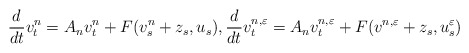
\begin{align*}\frac{d}{dt}v_t^n = A_n v_t^n + F(v^n_s + z_s, u_s), \frac{d}{dt}v_t^{n,\varepsilon} = A_n v_t^{n,\varepsilon} + F(v^{n,\varepsilon} + z_s, u^\varepsilon_s)\end{align*}